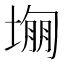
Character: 𡎾